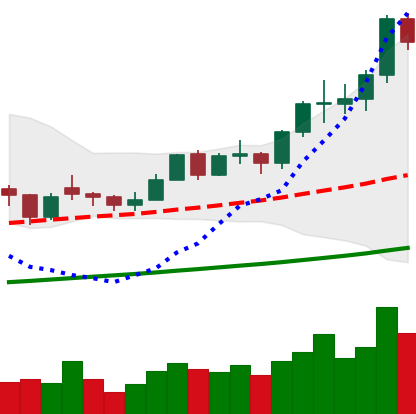
Ticker: LTC-USD
Chart end date: 2021-02-14
Forward return: 10.374%
Label: up_7plus